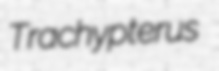
Trachypterus